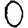
Digit: 0